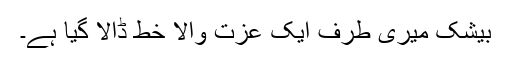
بیشک میری طرف ایک عزت والا خط ڈالا گیا ہے۔